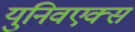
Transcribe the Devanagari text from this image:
युनिवएक्स